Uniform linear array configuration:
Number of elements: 8
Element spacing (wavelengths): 0.25
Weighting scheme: blackman
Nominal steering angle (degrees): -60
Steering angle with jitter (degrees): -58.962
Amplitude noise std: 0.05
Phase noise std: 0.05

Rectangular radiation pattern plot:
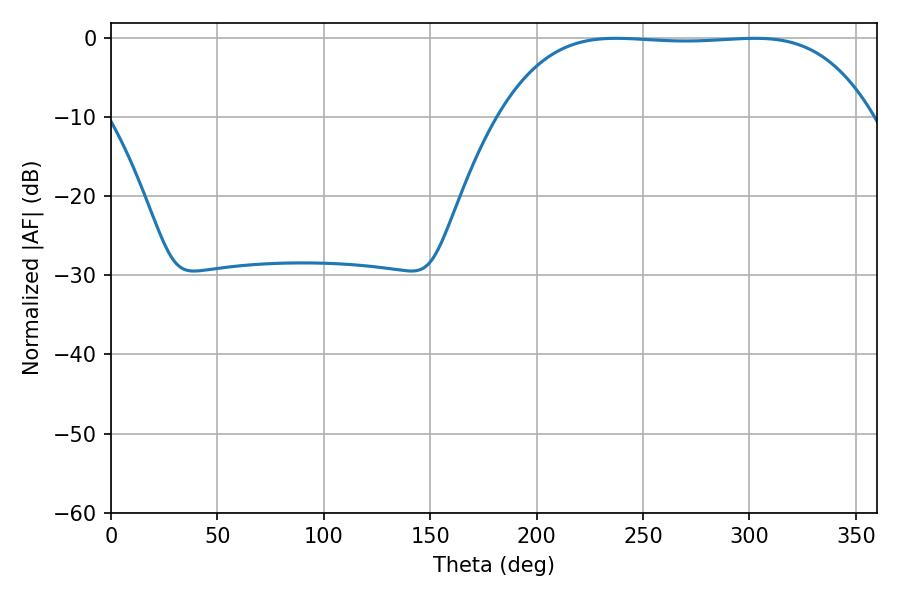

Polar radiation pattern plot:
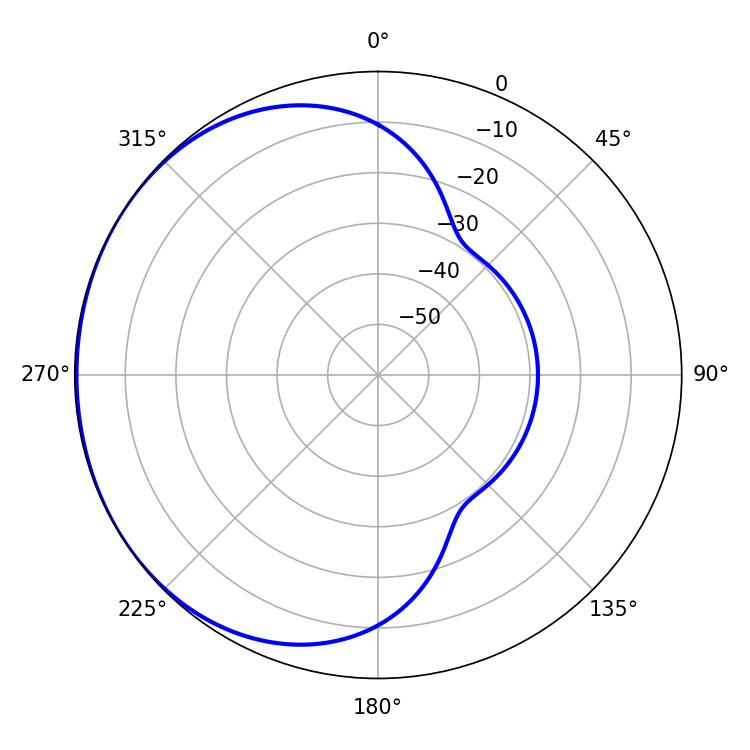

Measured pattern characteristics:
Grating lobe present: FALSE
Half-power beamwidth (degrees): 135.36
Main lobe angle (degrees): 237.42